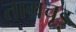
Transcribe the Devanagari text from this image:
ताम्रचूड़